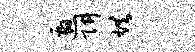
邀阱烘